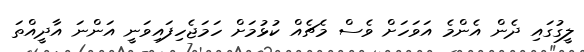
ލީގުގައި ދެން އެންމެ އަވަހަށް ވެސް މެޗެއް ކުޅުމަށް ހަމަޖެހިފައިވަނީ އަންނަ އާދީއްތަ